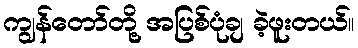
ကျွန်တော်တို့ အပြစ်ပုံချ ခဲ့ဖူးတယ်။